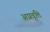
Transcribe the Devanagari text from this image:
अप्रवृत्ति